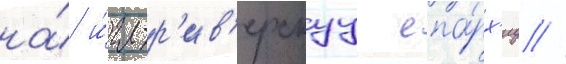
на́ и́гл-р'ив'ерскуу епа́рх'иу //